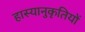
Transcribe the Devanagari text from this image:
हास्यानुकृतियों